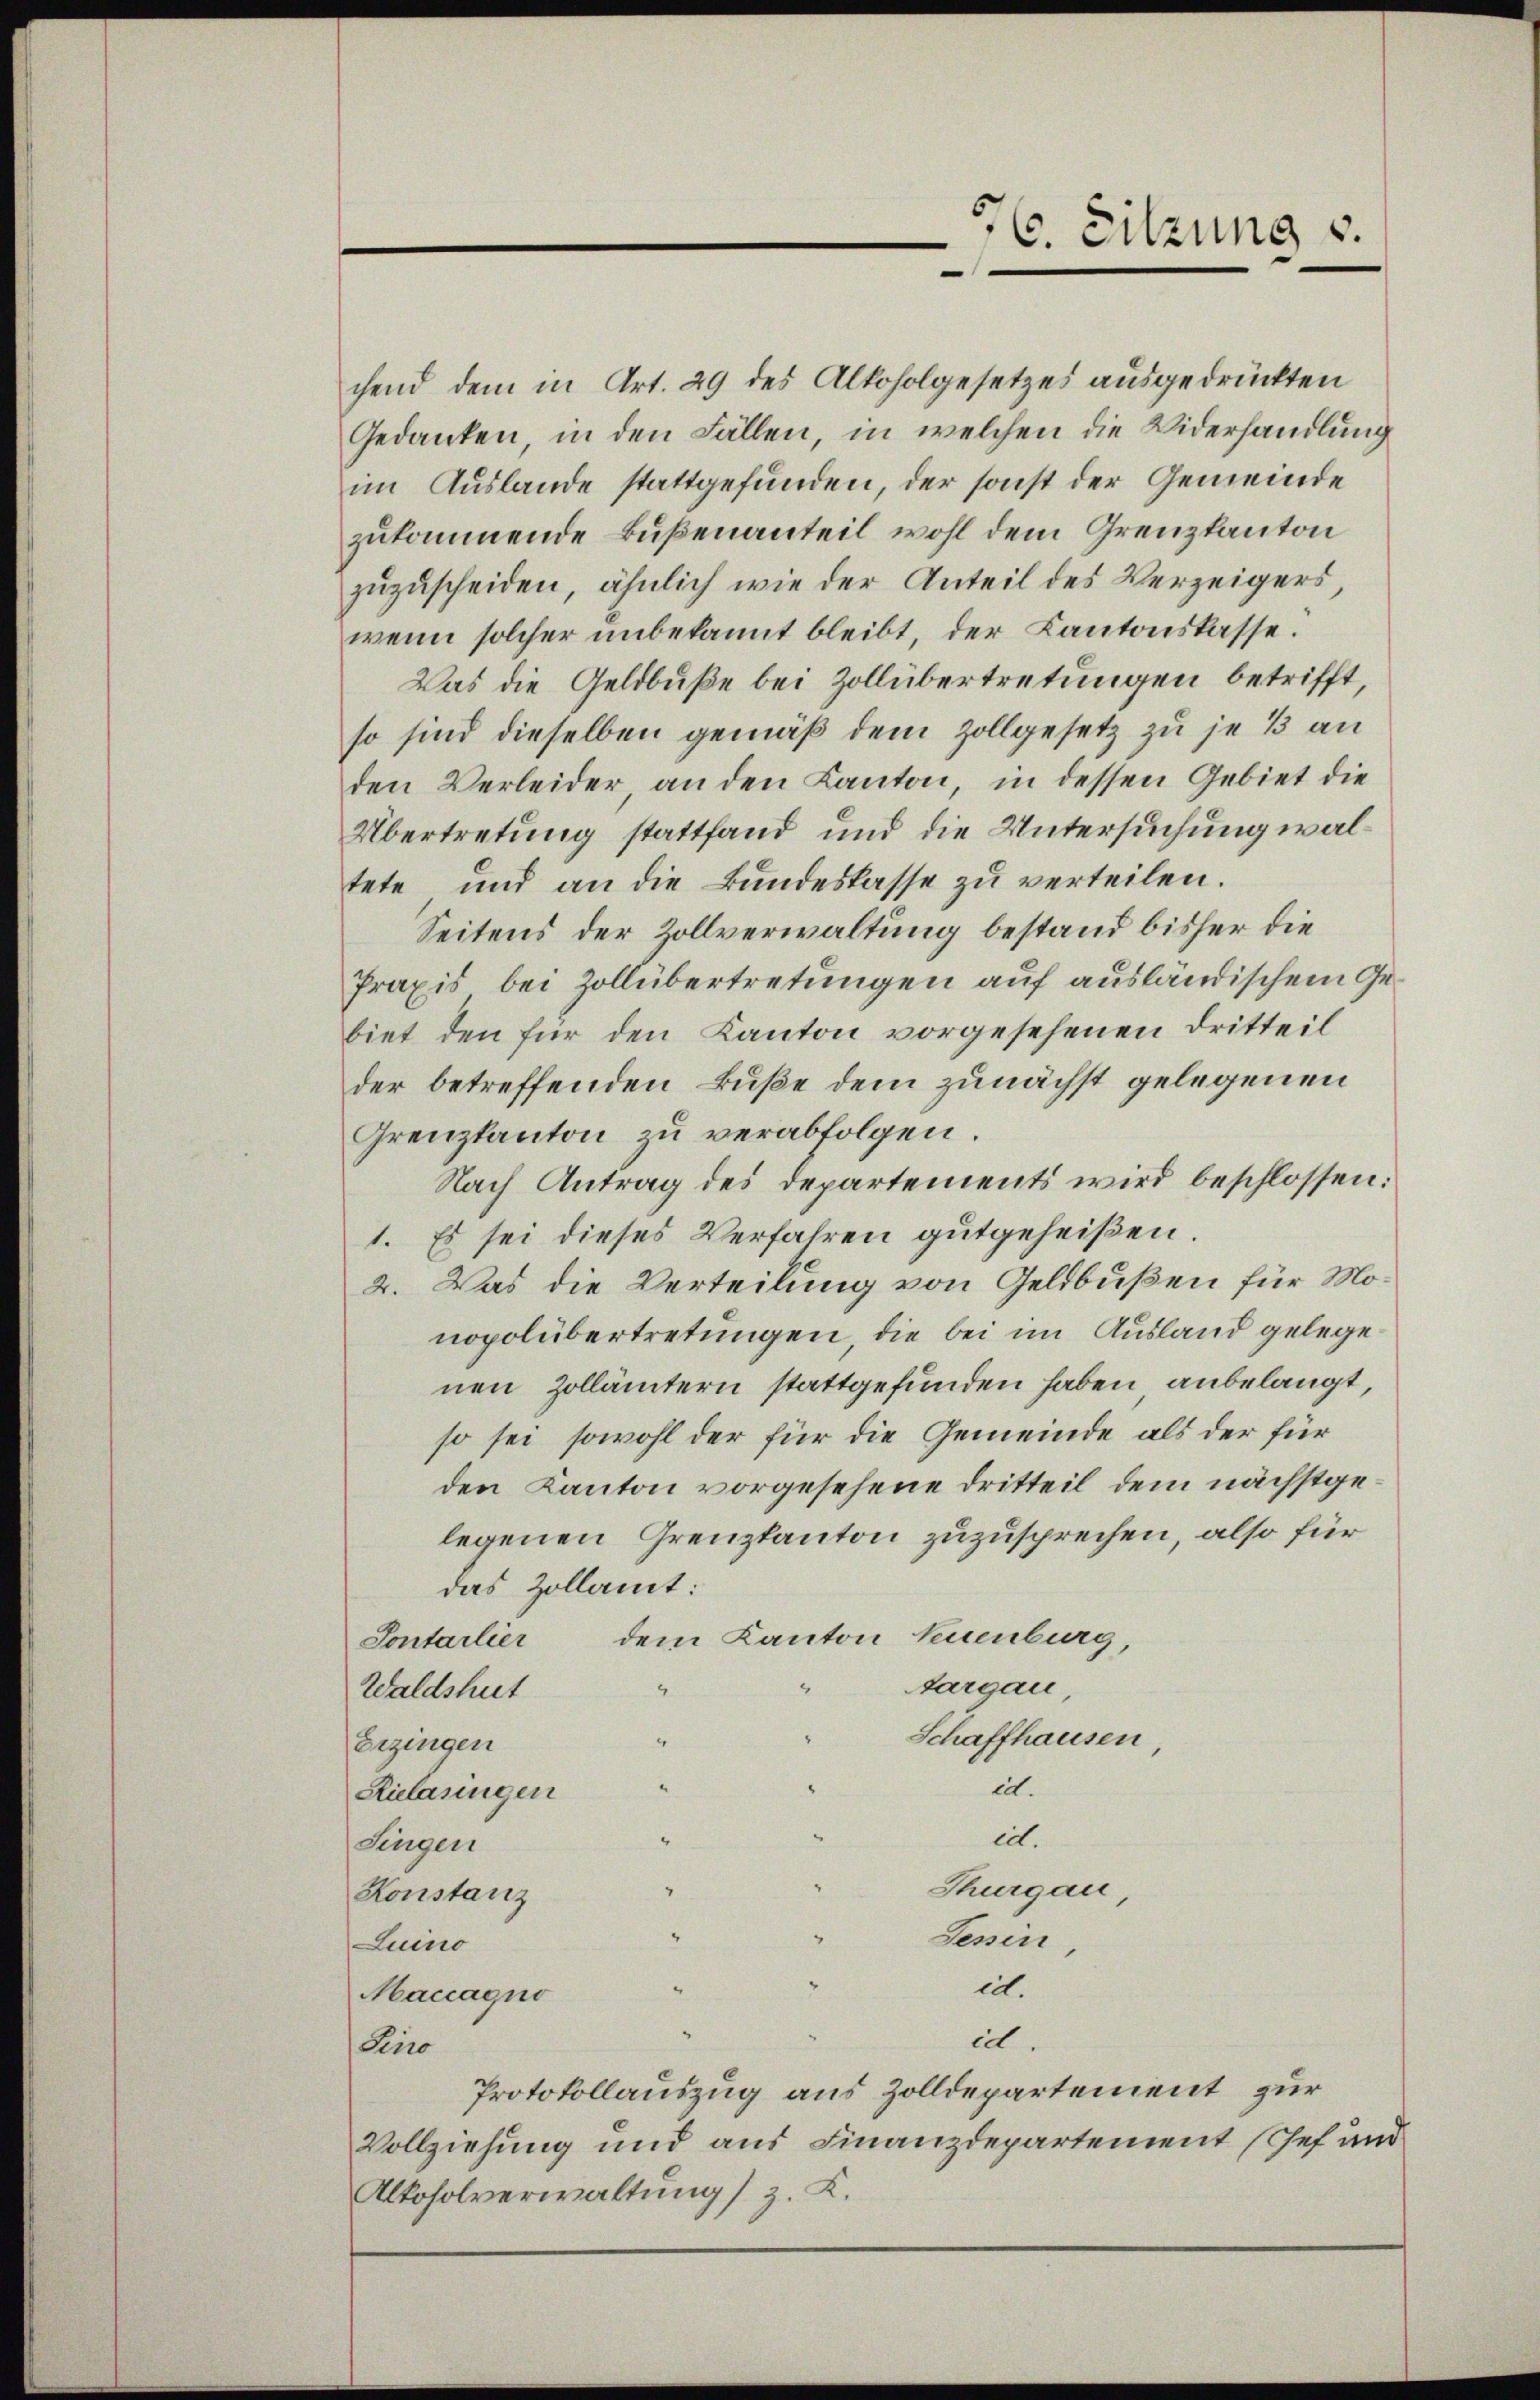
576. Sitzung v.

chend dem in Art. 29 des Alkoholgesetzes ausgedrückten
Gedanken in den Fällen, in welchen die Widerhandlung
im Auslande stattgefunden, der sonst der Gemeinde
zukommende Bußenanteil wohl dem Grenzkanton
zuzuscheiden, ähnlich wie der Anteil des Verzeigers
wenn solcher unbekannt bleibt, der Kantonskasse.
Das die Geldbuße bei Zollübertretungen betrifft,
so sind dieselben gemäß dem Zollgesetz zu je 13 an
den Verleider an den Kanton, in dessen Gebiet die
Übertretung stattfand und die Untersuchung waltete und an die Bundeskasse zu verteilen.
Seitens der Zollverwaltung bestand bisher die
Praxis bei Zollübertretungen auf ausländischem Gebiet den für den Kanton vorgesehenen Dritteil
der betreffenden Buße dem zunächst gelegenen
Grenzkanton zu verabfolgen.
Nach Antrag des Departements wird beschlossen:
1. Es sei dieses Verfahren gutgeheißen.
2. Was die Verteilung von Geldbußen für Monopolübertretungen, die bei im Ausland gelege
nen Zollämtern stattgefunden haben, anbelangt
so sei, sowohl der für die Gemeinde als der für
den Kanton vorgesehene Dritteil dem nächstgelegenen Grenzkanton zuzusprechen, also für
das Zollamt:
Sontarlier dem Kanton kuenburg,
targau,
Waldshut
Schaffhausen
Erzingen
.
ict.
Rielasingen
ict.
4
Singen
Thurgau
Konstanz
Jesin
Luino
e.
Maccagno
i
Dirro
Protokollauszug aus Zolldepartement zur
Vollziehung und aus Finanzdepartement Chef und
Alkoholverwaltung) z. K.